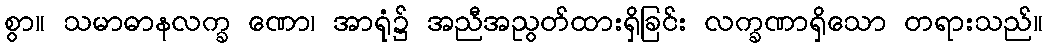
စွာ။ သမာဓာနလက္ခ ဏော၊ အာရုံ၌ အညီအညွတ်ထားရှိခြင်း လက္ခဏာရှိသော တရားသည်။